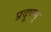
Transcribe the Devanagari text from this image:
प्रदूषण्